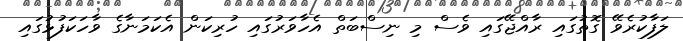
ލަފާކުރެވޭ ގޮތުގައި ރާއްޖޭގައި ވެސް މި ނިސްބަތް އެހާވަރުގައި ހުރިކަން އެކަމަނާގެ ވާހަކަފުޅުގައި